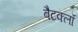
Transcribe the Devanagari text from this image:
बैटक्लॉ